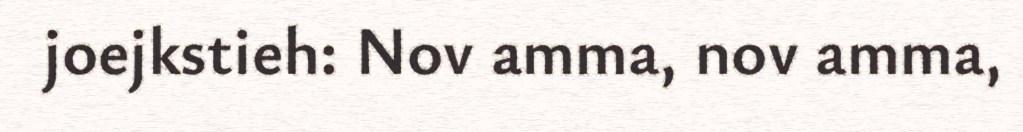
joejkstieh: Nov amma, nov amma,